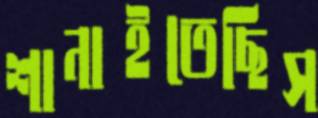
শানাইতেছিস